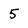
Character: 5